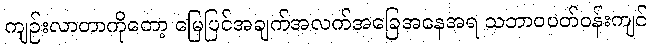
ကျဉ်းလာတာကိုတော့ မြေပြင်အချက်အလက်အခြေအနေအရ သဘာဝပတ်ဝန်းကျင်